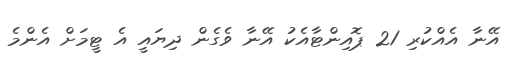
އޭނާ އެއްކުރި 21 ޕޮއިންޓާއެކު އޭނާ ވެގެން ދިޔައީ އެ ޓީމަށް އެންމެ